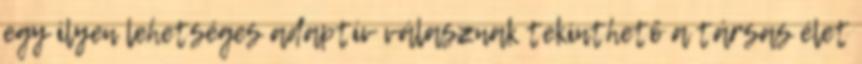
egy ilyen lehetséges adaptív válasznak tekinthető a társas élet